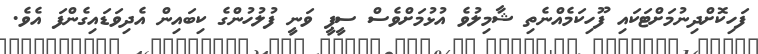
ފަހިކޮށްދިނުމަށްޓަކައި ފޫހިކަމެއްނެތި ޝާމިލުވެ އުޅުމަށްވެސް ސީޕީ ވަނީ ފުލުހުންގެ ކިބައިން އެދިވަޑައިގެންފަ އެވެ.